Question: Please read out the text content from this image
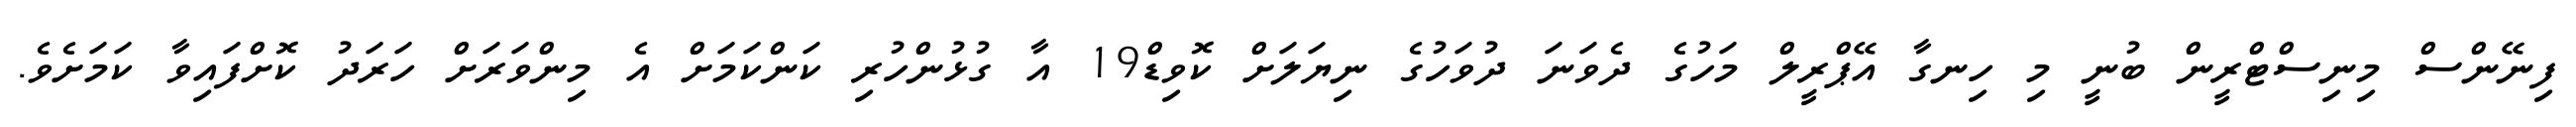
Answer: ފިނޭންސް މިނިސްޓްރީން ބުނީ މި ހިނގާ އޭޕްރީލް މަހުގެ ދެވަނަ ދުވަހުގެ ނިޔަލަށް ކޮވިޑް19 އާ ގުޅުންހުރި ކަންކަމަށް އެ މިންވަރަށް ހަރަދު ކޮށްފައިވާ ކަމަށެވެ.